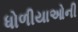
ધોળીયાઓની